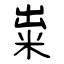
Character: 粜